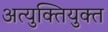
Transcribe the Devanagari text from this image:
अत्युक्तियुक्त